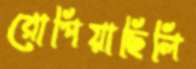
রোপিয়াছিলি